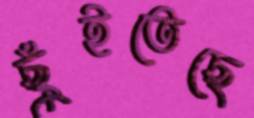
ছুঁইতেছে